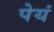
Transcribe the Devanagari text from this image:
पेयं